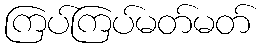
ကြပ်ကြပ်မတ်မတ်